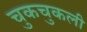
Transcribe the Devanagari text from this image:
चुकचुकली